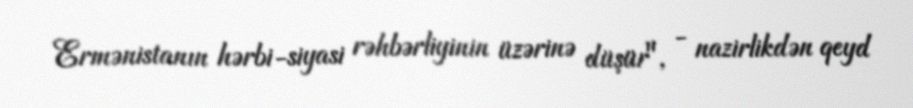
Ermənistanın hərbi-siyasi rəhbərliyinin üzərinə düşür", - nazirlikdən qeyd